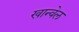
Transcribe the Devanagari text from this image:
खान्वेल